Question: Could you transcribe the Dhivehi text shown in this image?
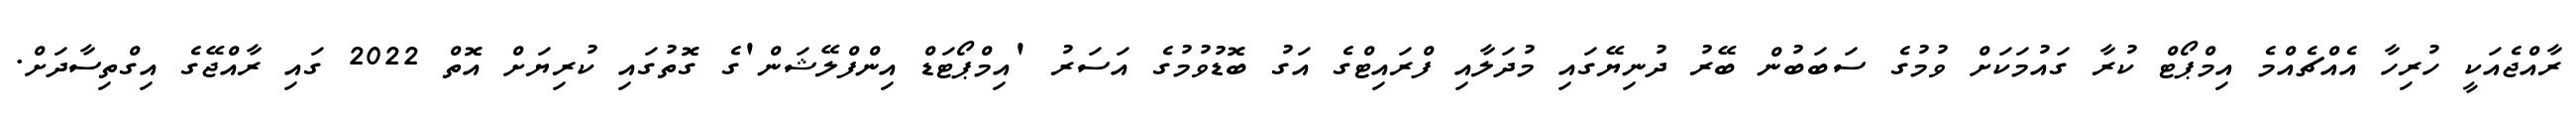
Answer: ރާއްޖެއަކީ ހުރިހާ އެއްޗެއްމެ އިމްޕޯޓް ކުރާ ގައުމަކަށް ވުމުގެ ސަބަބުން ބޭރު ދުނިޔޭގައި މުދަލާއި ފްރައިޓްގެ އަގު ބޮޑުވުމުގެ އަސަރު 'އިމްޕޯޓަޑް އިންފްލޭޝަން'ގެ ގޮތުގައި ކުރިޔަށް އޮތް 2022 ގައި ރާއްޖޭގެ އިގްތިސާދަށް.